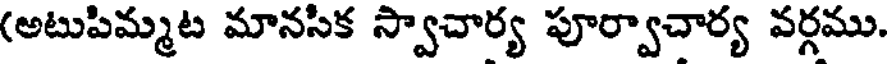
(అటుపిమ్మట మానసిక స్వాచార్య పూర్వాచార్య వర్గము.